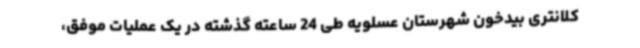
کلانتری بیدخون شهرستان عسلویه طی 24 ساعته گذشته در یک عملیات موفق،